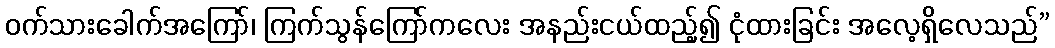
ဝက်သားခေါက်အကြော်၊ ကြက်သွန်ကြော်ကလေး အနည်းငယ်ထည့်၍ ငုံထားခြင်း အလေ့ရှိလေသည်”